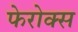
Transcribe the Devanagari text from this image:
फेरोक्स